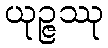
ယုဉ္ဇဿု